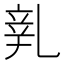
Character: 𨐐